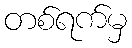
တစ်ရက်မှ